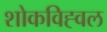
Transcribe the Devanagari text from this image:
शोकविह्वल